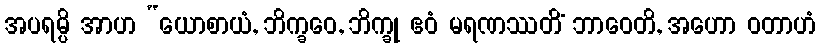
အပရမ္ပိ အာဟ “ယောစာယံ, ဘိက္ခဝေ, ဘိက္ခု ဧဝံ မရဏဿတိံ ဘာဝေတိ, အဟော ဝတာဟံ